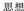
思想